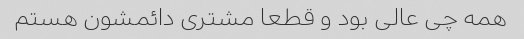
همه چی عالی بود و قطعا مشتری دائمشون هستم